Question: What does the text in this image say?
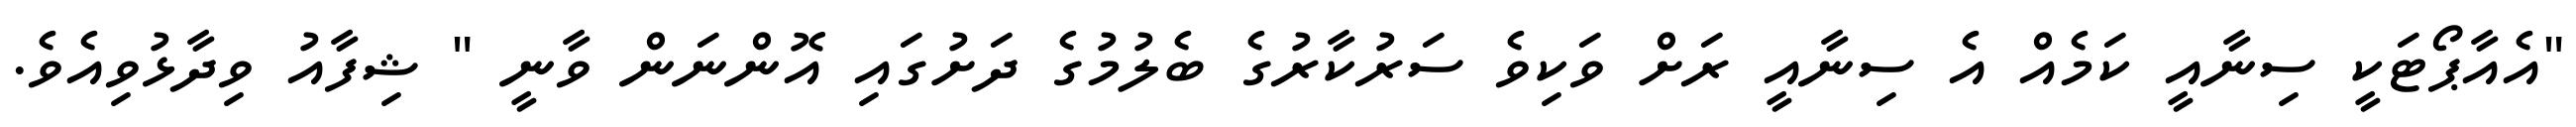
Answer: "އެއާޕޯޓަކީ ސިނާއީ ކަމެއް އެ ސިނާއީ ރަށް ވަކިވެ ސަރުކާރުގެ ބެލުމުގެ ދަށުގައި އޮންނަން ވާނީ " ޝިފާއު ވިދާޅުވިއެވެ.